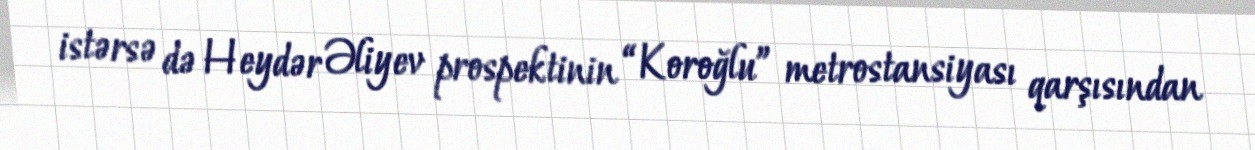
istərsə də Heydər Əliyev prospektinin “Koroğlu” metrostansiyası qarşısından